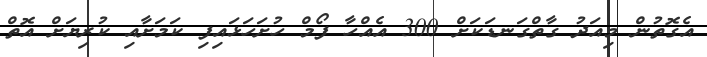
އެގޮތުން މިއަދު ގާތްގަނޑަކަށް 300 އެއްހާ ފޯމް ހުށަހަޅައިފި ކަމަށާއި ކުރިޔަށް އޮތް